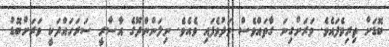
ބޮޑަށް ތިރިވެފައެވެ. ވަރަށްގިނަ ގާތައްވެސް މަދުވެފައި ވެއެވެ. ނިލަންންދޫގެ އާސާރީ ސަރަހައްދަކީ ވަރަށްބޮޑު